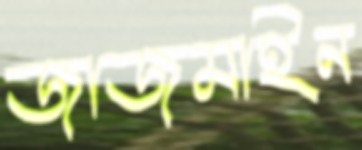
জাজমাইন